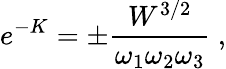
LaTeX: e^{-K}=\pm\frac{W^{3/2}}{\omega_{1}\omega_{2}\omega_{3}}\ ,